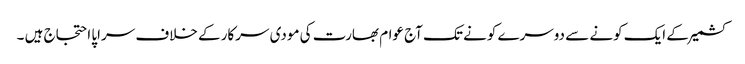
کشمیر کے ایک کونے سے دوسرے کونے تک آج عوام بھارت کی مودی سرکار کے خلاف سراپا احتجاج ہیں ۔